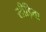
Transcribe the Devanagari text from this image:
सीड़िया